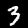
Label: 3